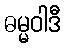
ဓမ္မဝါဒီ